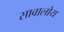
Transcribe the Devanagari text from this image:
सावालोय